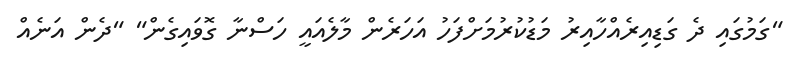
"ގަމުގައި ދެ ގަޑިއިރެއްހާއިރު މަޑުކުރުމަށްފަހު އަހަރެން މާލެއައީ ހަސްނާ ގޮވައިގެން" "ދެން އަނެއް